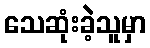
သေဆုံးခဲ့သူမှာ